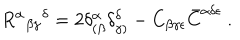
R ^ { \alpha } { } _ { \beta \gamma } { } ^ { \delta } = 2 \delta _ { ( \beta } ^ { \alpha } \delta _ { \gamma ) } ^ { \delta } - C _ { \beta \gamma \epsilon } \bar { C } ^ { \alpha \delta \epsilon } \ .